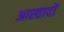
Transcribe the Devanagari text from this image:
आस्वादों